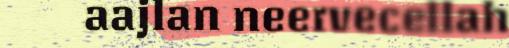
aajlan neervecellah